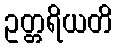
ဥတ္တရိယတိ